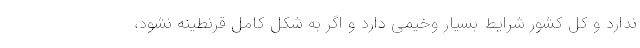
ندارد و کل کشور شرایط بسیار وخیمی دارد و اگر به شکل کامل قرنطینه نشود،